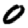
Digit: 0